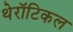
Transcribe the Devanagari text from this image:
थेरॉटिकल